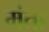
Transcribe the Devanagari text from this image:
मंता